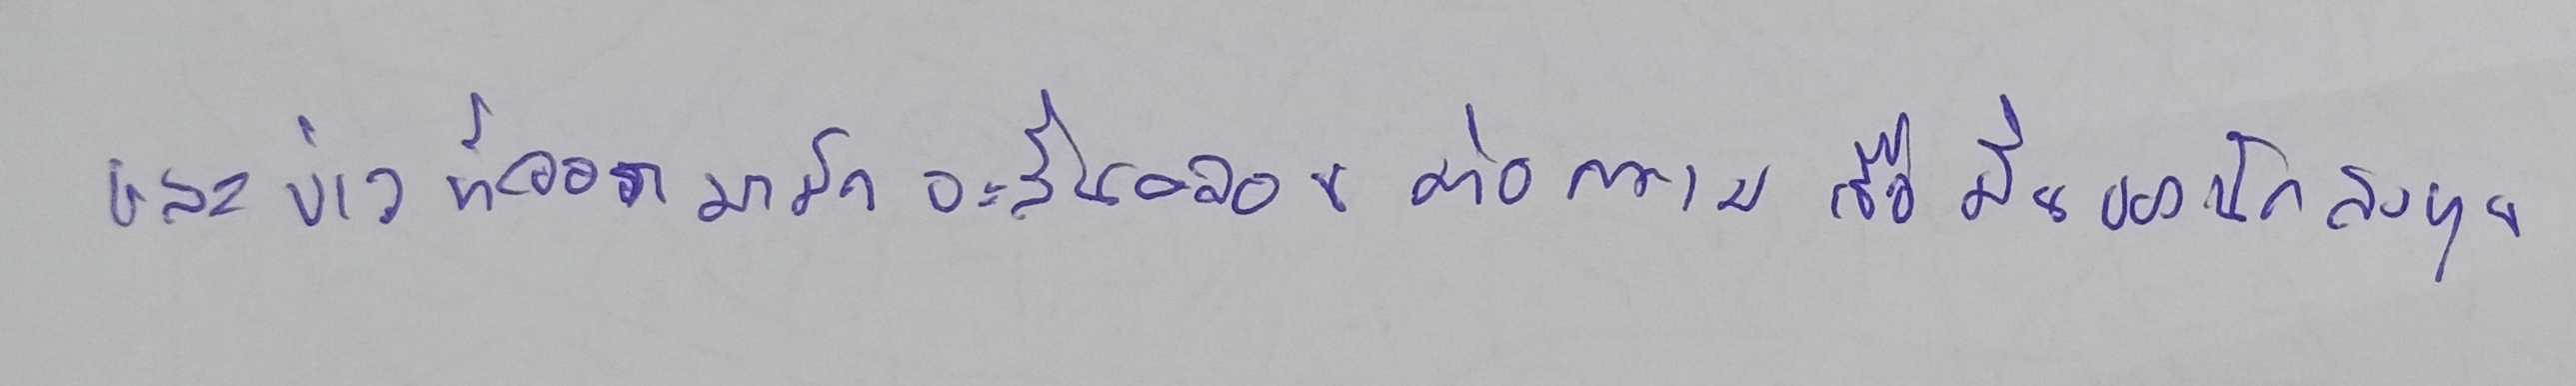
และข่าวที่ออกมามักจะสั่นคลอนต่อความเชื่อมั่นของนักลงทุน